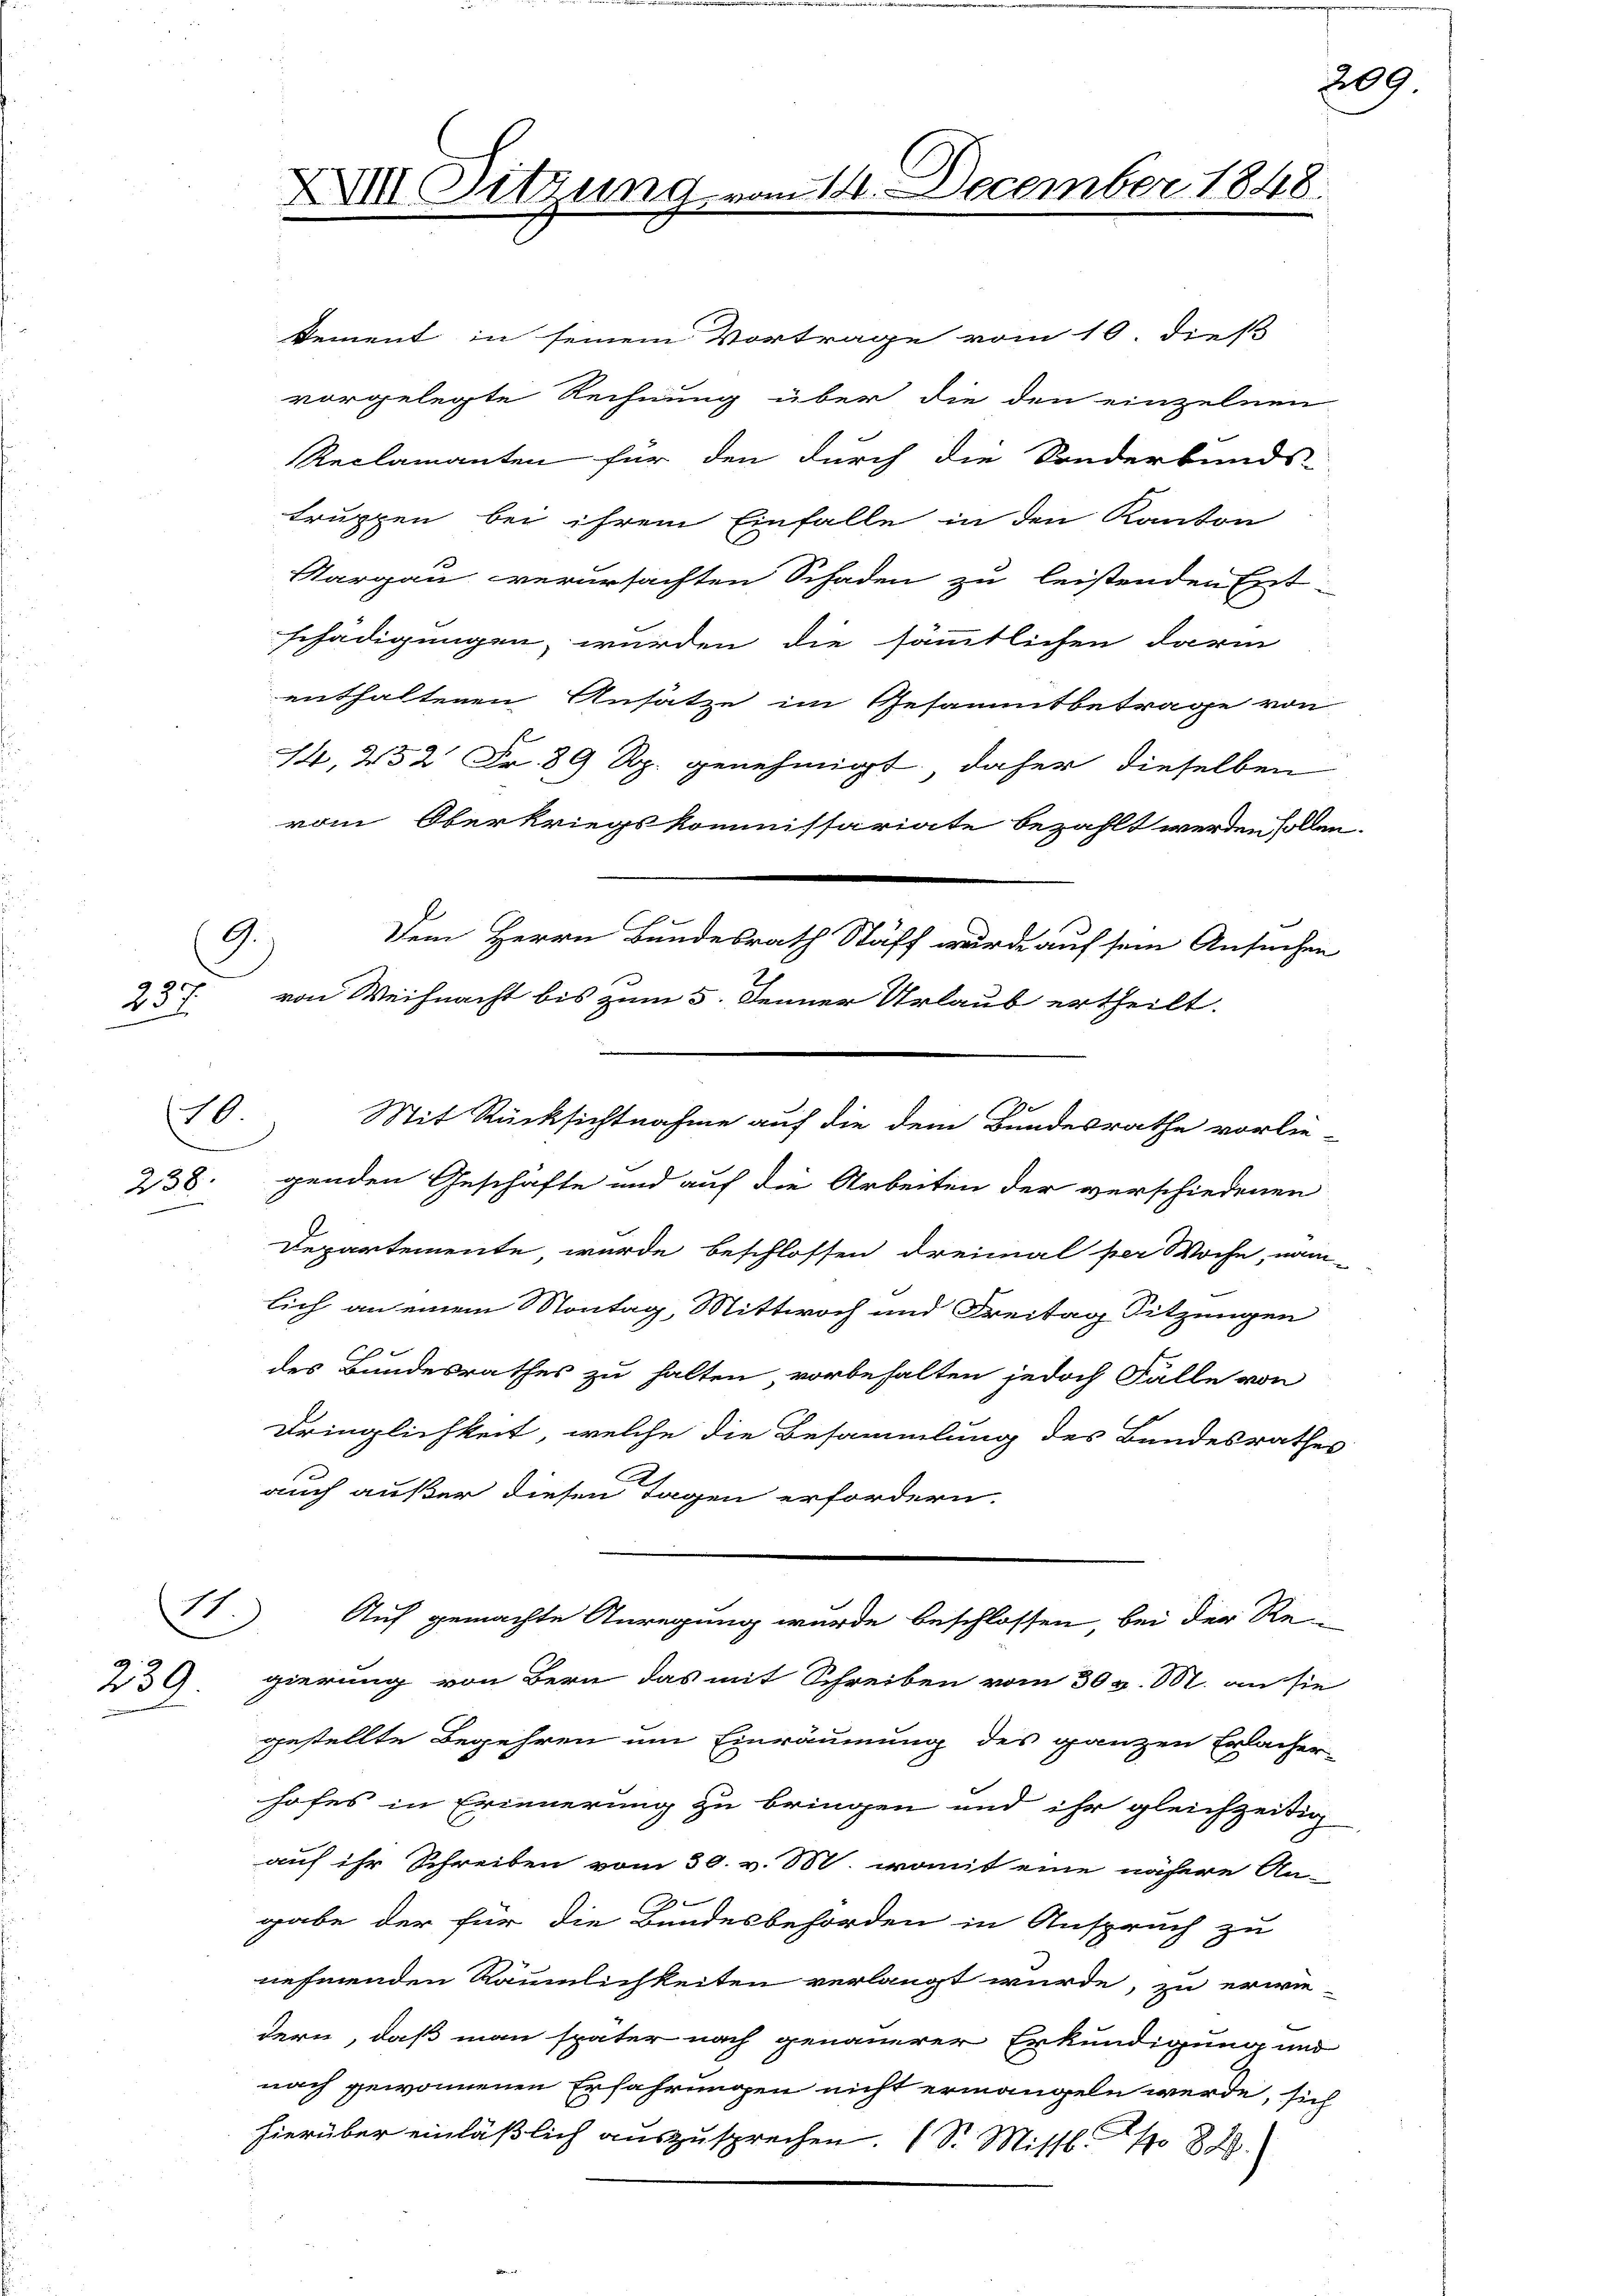
238.

G.

237.

10.

2
239.

XIII Sitzung

Dement in seinem Vortrage vom 10. dieß
vorgelegte Rechnung über die den einzelnen
Reclamanten für den durch die Sonderbunds-
truppen bei ihrem Einfalle in den Kanton
Sargau verursachten Schaden zu leistenden Ent
schädigungen, wurden die sämmtlichen darin
enthaltenen Ansätze im Gesammtbetrage von
14,252 Fr. 89 Rp. genehmigt, daher dieselben
vom Oberkriegskommissariate bezahlt werden sollen
von Weihnacht bis zum 5. Denner Urlaub ertheilt.
Departemente, wurde beschlossen dreimal per Woche, nam
lich an einem Montag, Mittwoch und Freitag Sitzungen
des Bundesrathes zu halten, vorbehalten jedoch Fälle von
Dringlichkeit, welche die Besammlung des Bundesrathes
auch außer diesen Tagen erfordern.
Auf gemachte Anregung wurde beschlossen, bei der Re-
gierung von Bern das mit Schreiben vom 30 v. 101. an sie
gestellte Begehren um Einräumung des ganzen Erlacher
hofes in Erinnerung zu bringen und ihr gleichzeitig
auf ihr Schreiben vom 30. v. 880. womit eine nähere An-
7
gabe der für die Bundesbehörden in Anspruch zu
nehmenden Räumlichkeiten verlangt wurde, zu erwie-
dern, daß man später nach genauerer Erkundigung und
nach gewonnenen Erfahrungen nicht ermangeln werde, sich
hierüber einläßlich auszusprechen. (S. Missl p 828.

Dem Herrn Bundesrath Staff wurde auf sein Ansuchen

m 14. December 1848.

Mit Rücksichtnahme auf die dem Bundesrathe vorlie-
genden Geschäfte und auf die Arbeiten der verschiedenen

209

b

e

¬